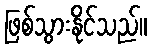
ဖြစ်သွားနိုင်သည်။